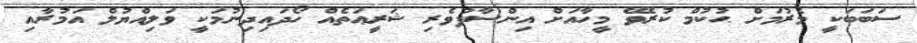
ސަބަބަކީ މެރުމަށް ޙުކުމް ކުރެވޭ މީހާއަށް އިންސާފުވެރި ޝަރީޢަތެއް ހޯދައިދިނުމަކީ ވަލިއްޔުލް އަމުރާއި